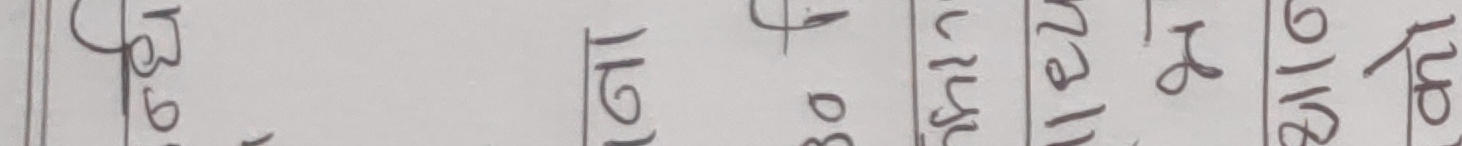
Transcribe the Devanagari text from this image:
हाजिर कलम अङ्क ९१८१